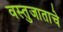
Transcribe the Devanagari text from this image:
वस्तुजाताचे